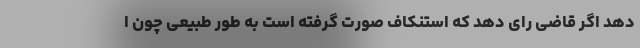
دهد اگر قاضی رای دهد که استنکاف صورت گرفته است به طور طبیعی چون ا